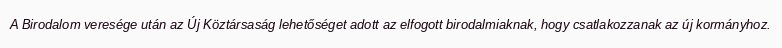
A Birodalom veresége után az Új Köztársaság lehetőséget adott az elfogott birodalmiaknak, hogy csatlakozzanak az új kormányhoz.